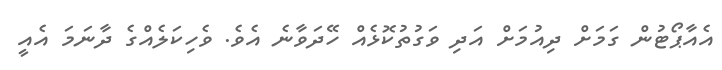
އެއާޕޯޓުން ގަމަށް ދިއުމަށް އަދި ވަގުތުކޮޅެއް ހޭދަވާނެ އެވެ. ވެހިކަލެއްގެ ދާނަމަ އެއީ